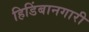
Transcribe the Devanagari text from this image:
हिडिंबानगारी